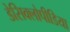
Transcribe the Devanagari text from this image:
डेसिक्लोपीडिया